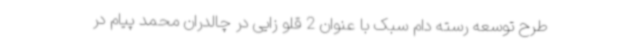
طرح توسعه رسته دام سبک با عنوان 2 قلو زایی در چالدران محمد پیام در